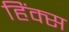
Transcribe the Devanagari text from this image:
हिंक्स